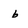
Character: b